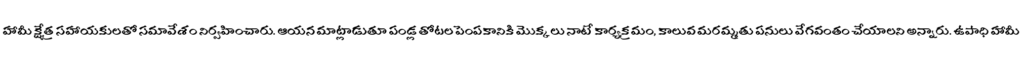
హామీ క్షేత్ర సహాయకులతో సమావేశం నిర్వహించారు. ఆయన మాట్లాడుతూ పండ్ల తోటల పెంపకానికి మొక్కలు నాటే కార్యక్రమం, కాలువ మరమ్మతు పనులు వేగవంతం చేయాలని అన్నారు. ఉపాధి హామీ